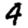
Digit: 4